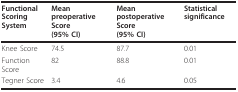
<table><thead><tr><td><b>Functional ScoringSystem</b></td><td><b>Mean preoperative Score(95% CI)</b></td><td><b>Mean postoperative Score(95% CI)</b></td><td><b>Statistical significance</b></td></tr></thead><tbody><tr><td>Knee Score</td><td>74.5</td><td>87.7</td><td>0.01</td></tr><tr><td>Function Score</td><td>82</td><td>88.8</td><td>0.01</td></tr><tr><td>Tegner Score</td><td>3.4</td><td>4.6</td><td>0.05</td></tr></tbody></table>